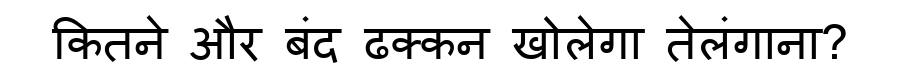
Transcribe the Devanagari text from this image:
कितने और बंद ढक्कन खोलेगा तेलंगाना?